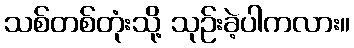
သစ်တစ်တုံးသို့ သုဉ်းခဲ့ပါကလား။